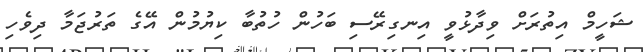
ޝަހީމް އިތުރަށް ވިދާޅުވީ އިނގިރޭސި ބަހުން ހުތުބާ ކިޔުމުން އޭގެ ތަރުޖަމާ ދިވެހި